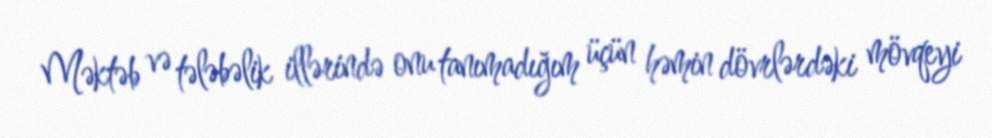
Məktəb və tələbəlik illərində onu tanımadığım üçün həmin dövrlərdəki mövqeyi